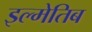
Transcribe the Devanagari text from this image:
इल्मेतिब